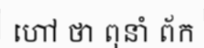
ហៅ ថា ពុនាំ ព័ក